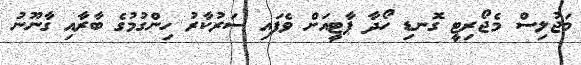
މަޖުލިސް މެޖޯރިޓީ ގޮނޑި ހޯދާ ޕާޓީއަށް ވެފައި ސަރުކާރު ހިންގުމުގެ ބާރާއި ގާނޫނު